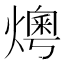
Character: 𤏓